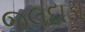
જલદાડા